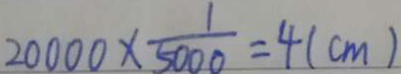
2 0 0 0 0 \times \frac { 1 } { 5 0 0 0 } = 4 ( c m )